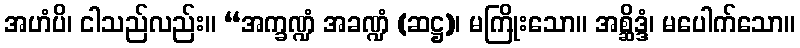
အဟံပိ၊ ငါသည်လည်း။ “အက္ခဏ္ဍံ အခဏ္ဍံ (ဆဋ္ဌ)၊ မကြိုးသော။ အစ္ဆိဒ္ဒံ၊ မပေါက်သော။